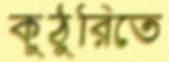
কুঠুরিতে